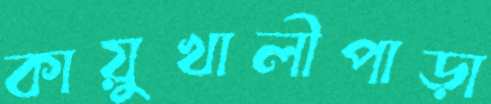
কায়ুখালীপাড়া